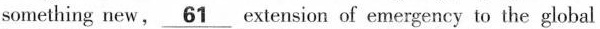
something new,\underline{61}extension of emergency to the global